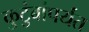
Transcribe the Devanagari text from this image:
कुटुंबांपर्यंत